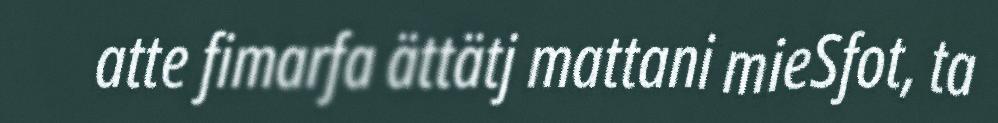
atte fimarfa ättätj mattani mieSfot, ta